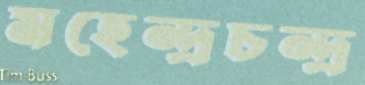
মহেন্দ্রচন্দ্র